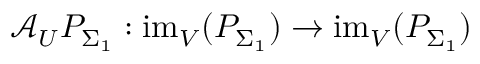
\mathcal { A } _ { U } P _ { \Sigma _ { 1 } } : \mathrm { i m } _ { V } ( P _ { \Sigma _ { 1 } } ) \to \mathrm { i m } _ { V } ( P _ { \Sigma _ { 1 } } )